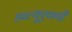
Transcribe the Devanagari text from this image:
डब्ल्यूएफपी